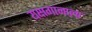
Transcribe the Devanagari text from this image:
यक्षगानाला